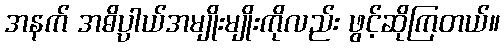
အနက် အဓိပ္ပာယ်အမျိုးမျိုးကိုလည်း ဖွင့်ဆိုကြတယ်။